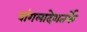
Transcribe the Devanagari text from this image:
बांगलादेशतर्फे